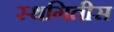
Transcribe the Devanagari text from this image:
स्थगितीस